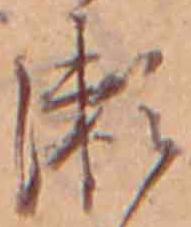
瀬